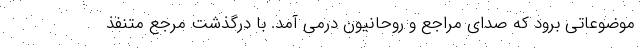
موضوعاتی برود که صدای مراجع و روحانیون درمی آمد. با درگذشت مرجع متنفذ